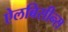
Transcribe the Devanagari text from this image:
ऐलबिसीन्स